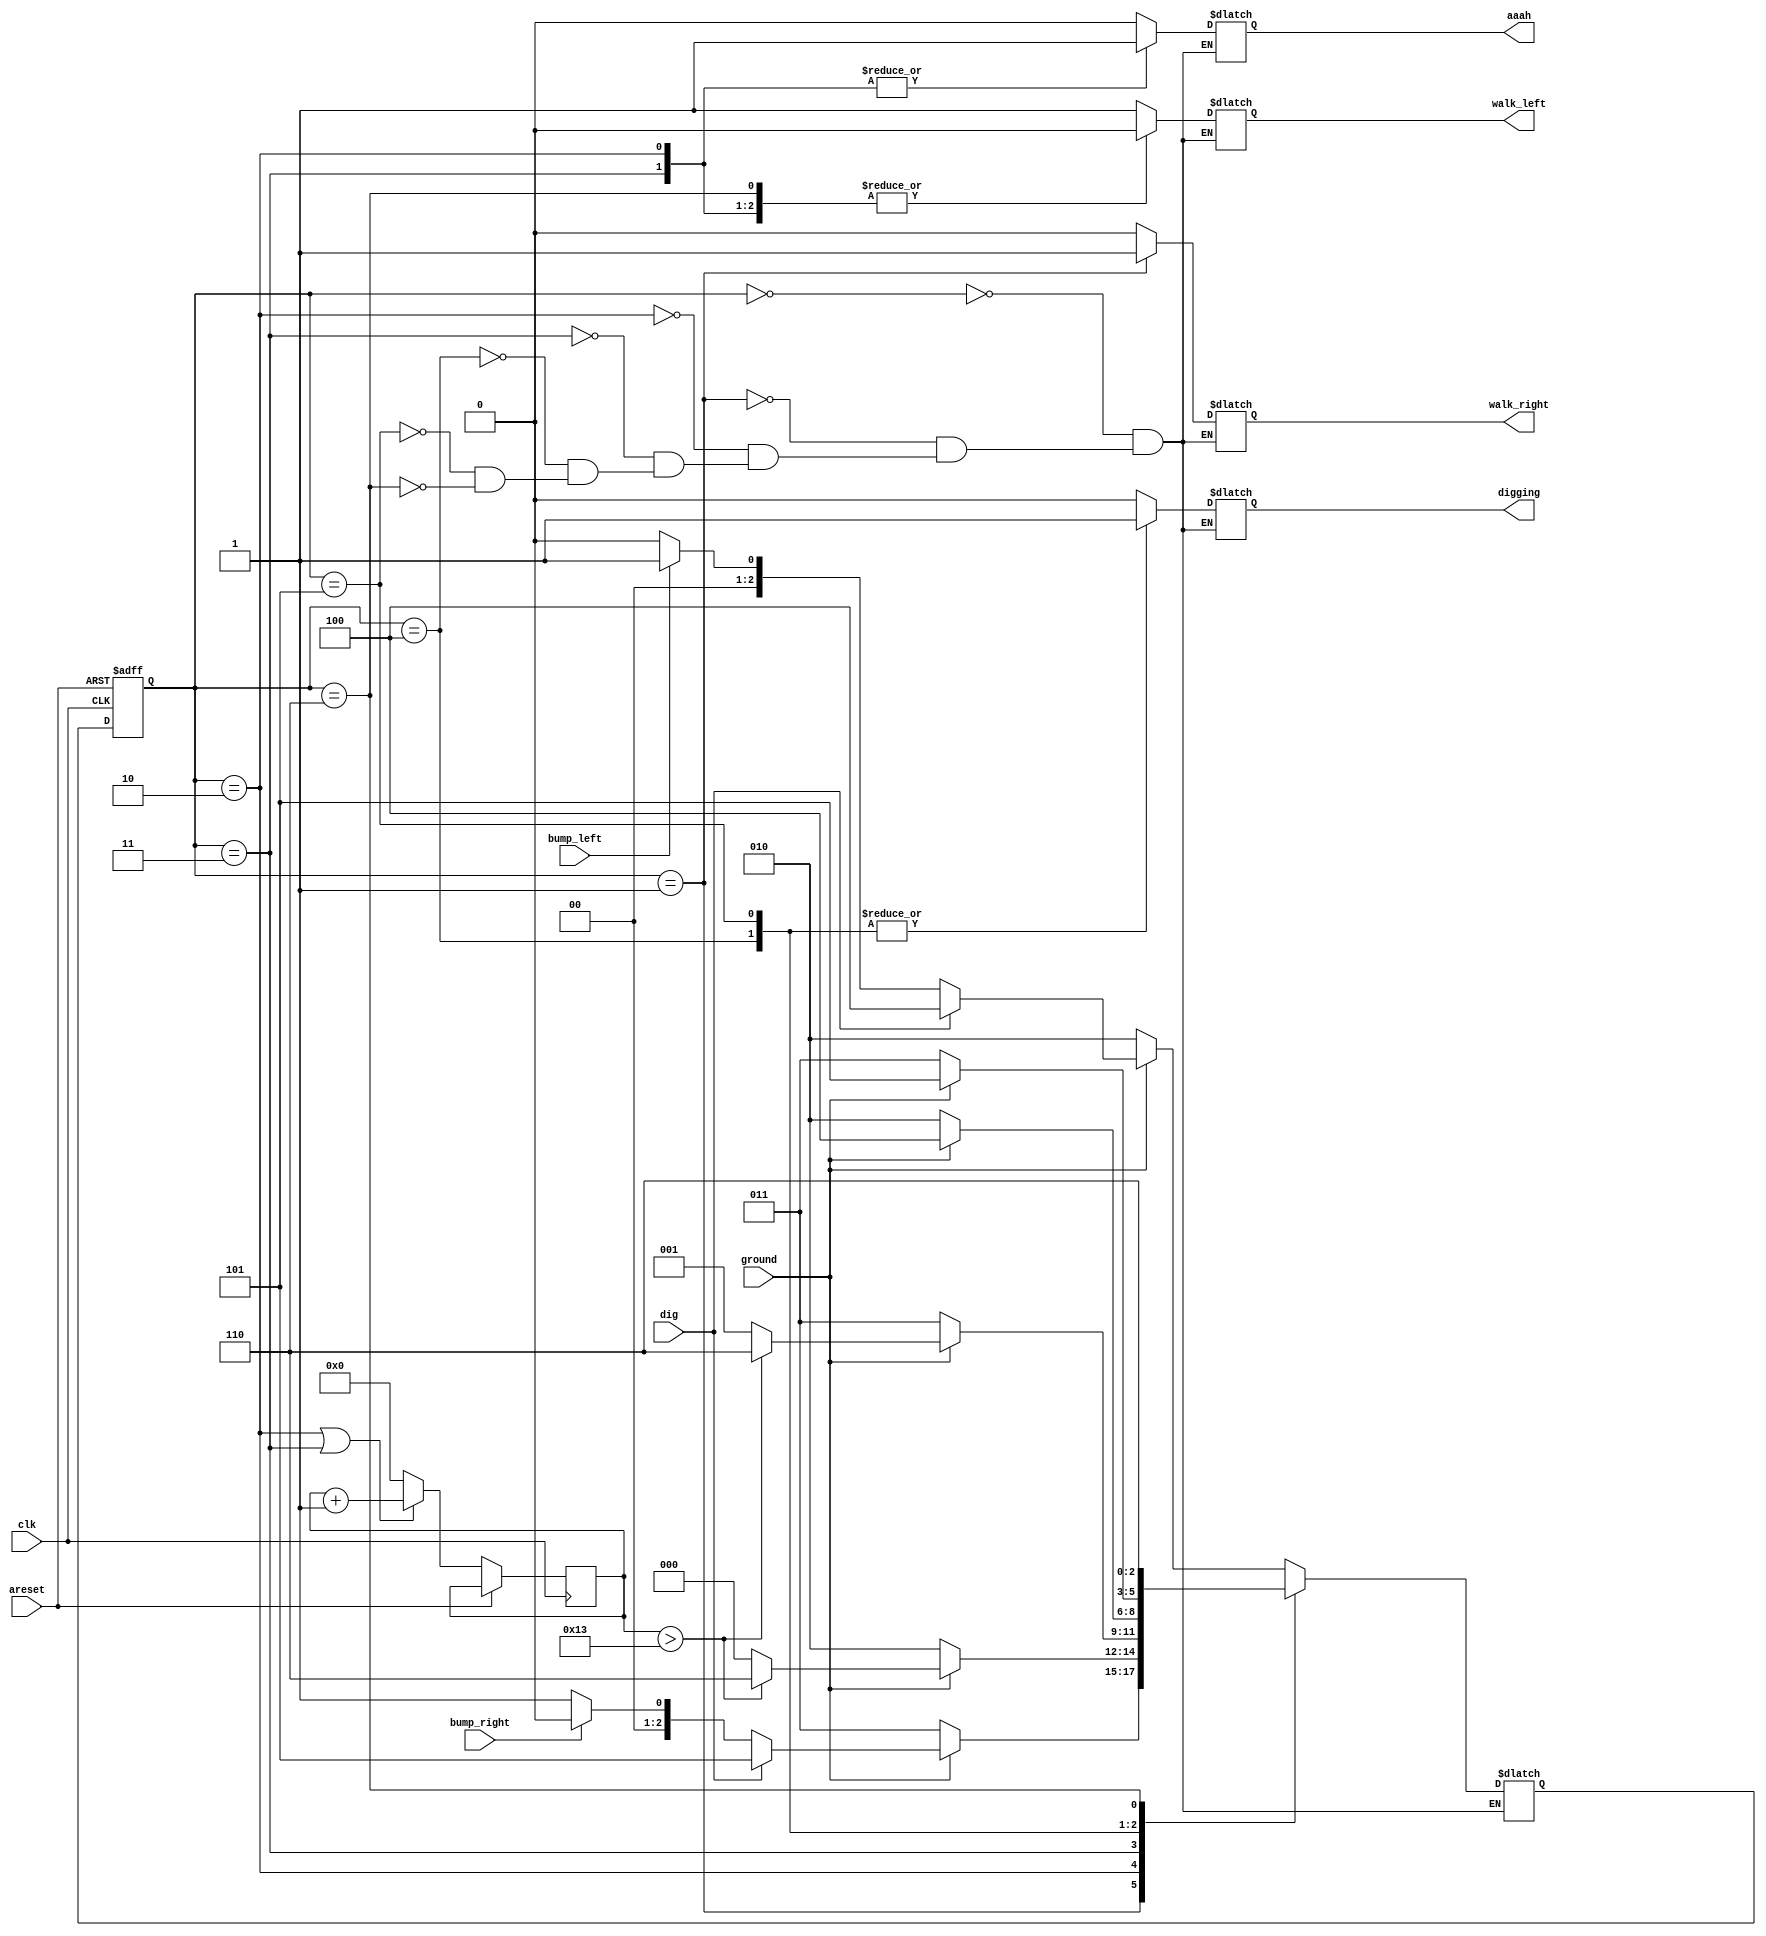
module top_module(
    input clk,
    input areset,    // Freshly brainwashed Lemmings walk left.
    input bump_left,
    input bump_right,
    input ground,
    input dig,
    output reg walk_left,
    output reg walk_right,
    output reg aaah,
    output reg digging 
); 
    parameter WL=0,WR=1,FL=2,FR=3,DL=4,DR=5,Splat = 6;
    reg [64:0]counter;
    reg [2:0]state,next;
    always @(*)
        case(state)
            WL: next = ground ? (dig ? DL: (bump_left?WR:WL)) : FL;
            WR: next = ground ? (dig ? DR: (bump_right?WL:WR)) : FR;
            FL: next = ground ? (counter>19? Splat : WL) : FL;
            FR: next = ground ? (counter>19? Splat : WR): FR;
            DL: next = ground ? DL : FL;
            DR: next = ground ? DR : FR;
            Splat:next = Splat;
        endcase
    always @(posedge clk or posedge areset)
        begin
        if(areset) state<=WL;
        else if  ( state==FL || state == FR )             
                          begin
                              state <= next;
                              counter = counter + 1;
                          end
 
        else begin 
            state <= next;  
            counter =0;
        end
        end
            
    always @(*)
        case(state)
            WL : {walk_left,walk_right,aaah,digging} = 4'b1000;
            WR : {walk_left,walk_right,aaah,digging} = 4'b0100;
            FL : {walk_left,walk_right,aaah,digging} = 4'b0010;
            FR : {walk_left,walk_right,aaah,digging} = 4'b0010;
            DL : {walk_left,walk_right,aaah,digging} = 4'b0001;
            DR : {walk_left,walk_right,aaah,digging} = 4'b0001;
            Splat: {walk_left,walk_right,aaah,digging} = 4'b0000;  
        endcase 
    
endmodule